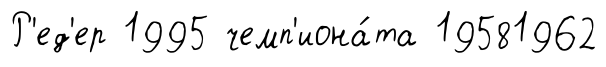
Р'ед'ер 1995 чемп'иона́та 19581962